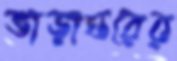
ভাড়াঘরের